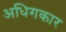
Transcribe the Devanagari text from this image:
अधिगकार